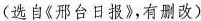
(选自《邢台日报》，有删改)